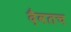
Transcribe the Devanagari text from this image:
दैवतच